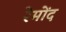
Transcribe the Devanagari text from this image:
रेमोंद